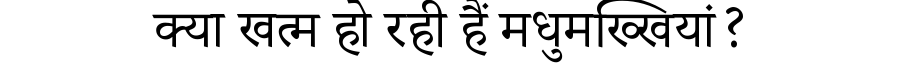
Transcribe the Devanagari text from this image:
क्या खत्म हो रही हैं मधुमख्खियां?